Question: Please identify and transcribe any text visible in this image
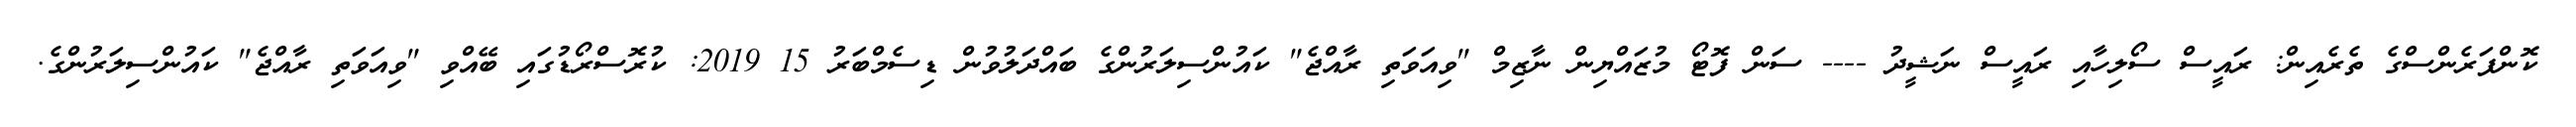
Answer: ކޮންފަރެންސްގެ ތެރެއިން: ރައީސް ސޯލިހާއި ރައީސް ނަޝީދު ---- ސަން ފޮޓޯ މުޒައްޔިން ނާޒިމް "ވިއަވަތި ރާއްޖެ" ކައުންސިލަރުންގެ ބައްދަލުވުން ޑިސެމްބަރު 15 2019: ކުރޮސްރޯޑުގައި ބޭއްވި "ވިއަވަތި ރާއްޖެ" ކައުންސިލަރުންގެ.